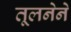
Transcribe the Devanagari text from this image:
तूलनेने